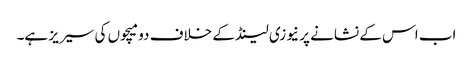
اب اس کے نشانے پر نیوزی لینڈ کے خلاف دو میچوں کی سیریز ہے۔